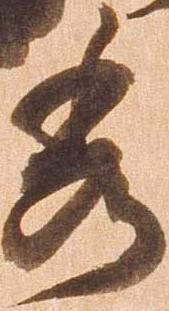
秀